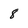
Character: 8